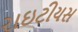
રાઇટીયસ